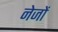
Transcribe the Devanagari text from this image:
नेजों